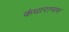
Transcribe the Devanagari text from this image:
कंधाराप्पम